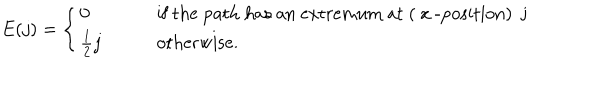
E ( j ) = \left\{ \begin{array} { l l } { { 0 } } & { { \mathrm { i f ~ t h e ~ p a t h ~ h a s ~ a n ~ e x t r e m u m ~ a t ~ ( ~ x ~ - p o s i t i o n ) ~ j ~ } } } \\ { { \frac { 1 } { 2 } j \qquad } } & { { \mathrm { o t h e r w i s e . } } } \\ \end{array} \right.